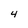
Character: 4